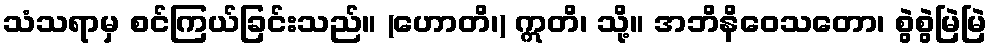
သံသရာမှ စင်ကြယ်ခြင်းသည်။ (ဟောတိ၊) ဣတိ၊ သို့။ အဘိနိဝေသတော၊ စွဲစွဲမြဲမြဲ